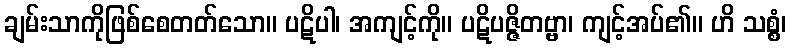
ချမ်းသာကိုဖြစ်စေတတ်သော။ ပဋိပါ၊ အကျင့်ကို။ ပဋိပဇ္ဇိတဗ္ဗာ၊ ကျင့်အပ်၏။ ဟိ သစ္စံ၊